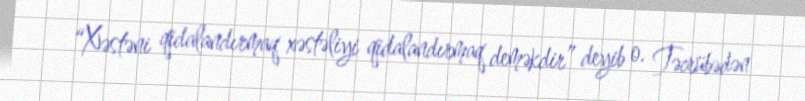
“Xəstəni qidalandırmaq xəstəliyi qidalandırmaq deməkdir” deyib o. Təcrübədən